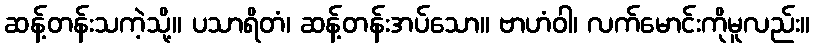
ဆန့်တန်းသကဲ့သို့။ ပသာရိတံ၊ ဆန့်တန်းအပ်သော။ ဗာဟံဝါ၊ လက်မောင်းကိုမူလည်း။